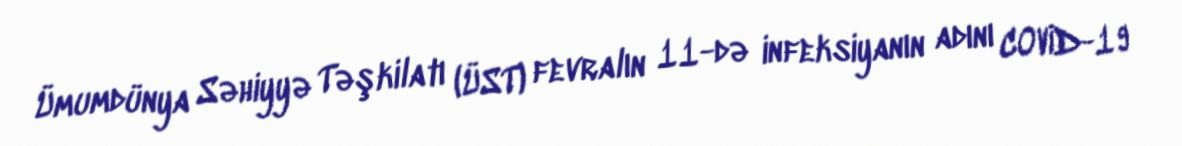
Ümumdünya Səhiyyə Təşkilatı (ÜST) fevralın 11-də infeksiyanın adını COVİD-19